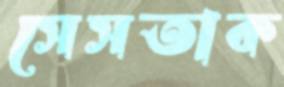
সেসতাক